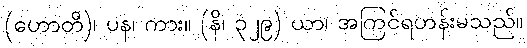
(ဟောတိ)၊ ပန၊ ကား။ (နိ၊ ၃၂၉) ယာ၊ အကြင်ရဟန်းမသည်။